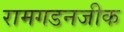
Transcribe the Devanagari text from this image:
रामगडनजीक